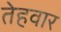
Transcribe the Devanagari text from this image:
तेहवार